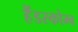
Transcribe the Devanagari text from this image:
हैंडस्कोम्ब